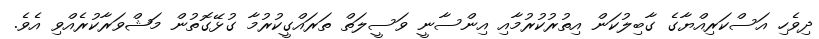
ދިވެހި އަސްކަރިއްޔާގެ ގާބިލުކަން އިތުރުކުރުމާއި އިންސާނީ ވަސީލަތް ތަރައްގީކުރުމާ ގުޅޭގޮތުން މަޝްވަރާކުރެއްވި އެވެ.